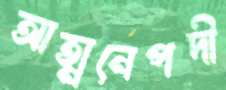
আত্মনেপদী